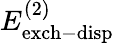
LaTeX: E_{\mathrm{exch-disp}}^{(2)}